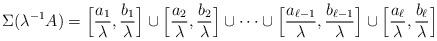
LaTeX: \begin{align*}\Sigma(\lambda^{-1}A)=\Big[\frac{a_{1}}{\lambda},\frac{b_{1}}{\lambda}\Big] \cup \Big[\frac{a_{2}}{\lambda},\frac{b_{2}}{\lambda}\Big] \cup \cdots \cup \Big[\frac{a_{\ell-1}}{\lambda},\frac{b_{\ell-1}}{\lambda}\Big]\cup \Big[\frac{a_{\ell}}{\lambda},\frac{b_{\ell}}{\lambda}\Big]\end{align*}